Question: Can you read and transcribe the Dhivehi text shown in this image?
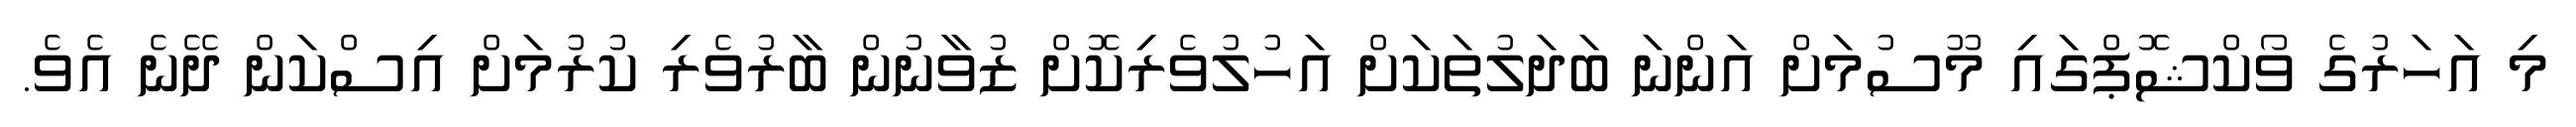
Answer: މި އަހަރުގެ ވޯކްޝޮޕްގައި މޫސުމަށް އަންނަ ބަދަލުތަކަށް އަހުލުވެރިކޮށް ޒުވާނުން ބާރުވެރި ކުރުމަށް އިސްކަން ދޭނެ އެވެ.